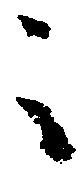
々